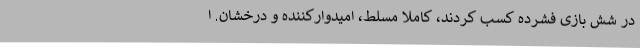
در شش بازی فشرده کسب کردند، کاملاٌ مسلط، امیدوارکننده و درخشان. ا